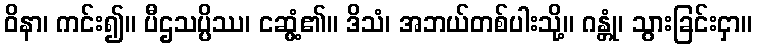
ဝိနာ၊ ကင်း၍။ ပီဌသပ္ပိဿ၊ ငဆွံ့၏။ ဒိသံ၊ အဘယ်တစ်ပါးသို့။ ဂန္တုံ၊ သွားခြင်းငှာ။